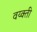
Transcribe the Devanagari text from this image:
वय्क्ती